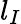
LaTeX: l_{I}